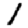
Digit: 1